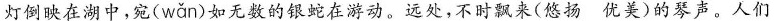
灯倒映在湖中，宛( wǎn )如无数的银蛇在游动。远处，不时飘来(悠扬 优美)的琴声。人们